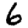
Digit: 6